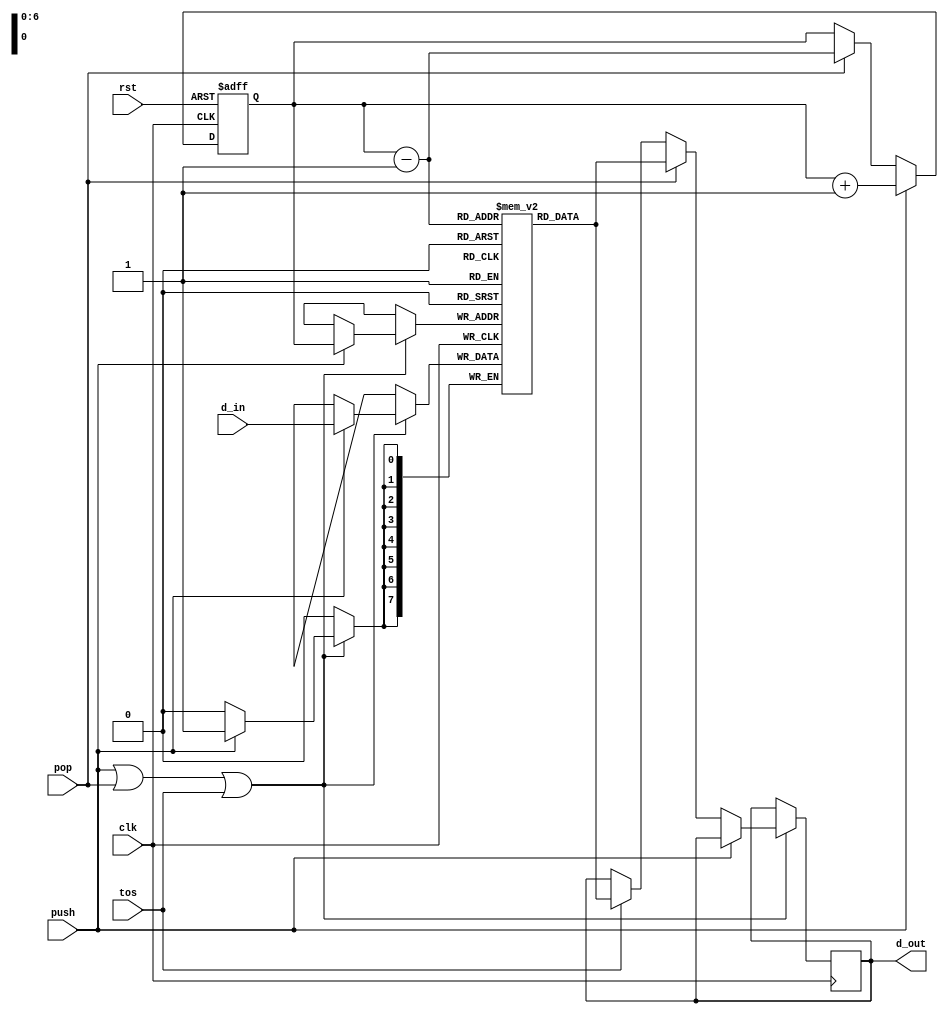
module stack(clk, rst, d_in, push, pop, tos, d_out);
  
  parameter WIDTH = 8;
	parameter DEPTH = 7;
  input clk, rst, push, pop, tos;
  input [WIDTH - 1:0] d_in;
  output reg [WIDTH - 1:0] d_out;
  
	reg [DEPTH - 1:0] ptr;
	reg [WIDTH - 1:0] stack [0:(1 << DEPTH) - 1];
	

	always @(posedge clk , posedge rst) begin
		if (rst)
			ptr <= 0;
		else begin
		    if (push)
			     ptr <= ptr + 1;
		    else if (pop)
			     ptr <= ptr - 1;
		    else if (tos)
		      ptr <= ptr ;
		end
	end

	always @(posedge clk) begin
		if (push || pop || tos) begin
			if(push)
			   stack[ptr] <= d_in;
			else if (pop)
			   d_out <= stack[ptr - 1];
			else if (tos)
			  d_out <= stack[ptr - 1 ];
		end
	end

endmodule